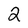
Character: 2